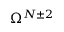
\Omega ^ { N \pm 2 }